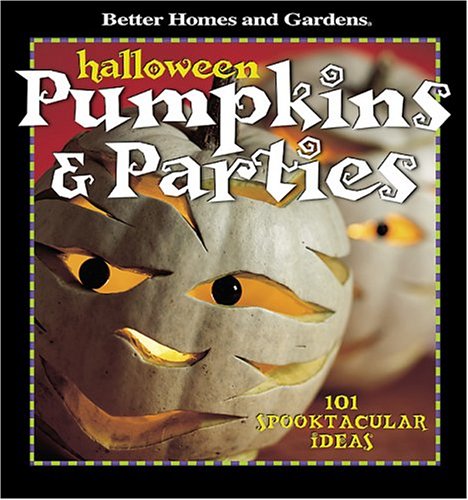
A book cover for Halloween Pumpkins & Parties: 101 Spooktacular Ideas (Better Homes & Gardens); Better Homes and Gardens Books; Cookbooks, Food & Wine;